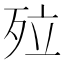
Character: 㱞